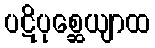
ပဋိပုစ္ဆေယျာထ